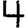
Digit: 4